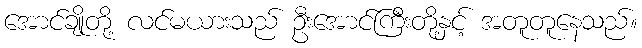
အောင်ချိုတို့ လင်မယားသည် ဦးအောင်ကြီးတို့နှင့် အတူတူနေသည်။